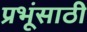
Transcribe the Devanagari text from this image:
प्रभूंसाठी